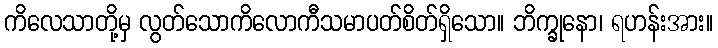
ကိလေသာတို့မှ လွတ်သောကိလောကီသမာပတ်စိတ်ရှိသော။ ဘိက္ခုနော၊ ရဟန်းအား။